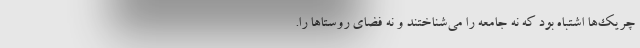
چریک‌ها اشتباه بود که نه جامعه را می‌شناختند و نه فضای روستاها را.